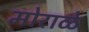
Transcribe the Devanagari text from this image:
मोराळे